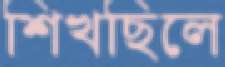
শিখছিলে